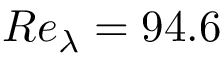
R e _ { \lambda } = 9 4 . 6